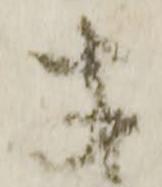
あ